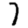
Digit: 7